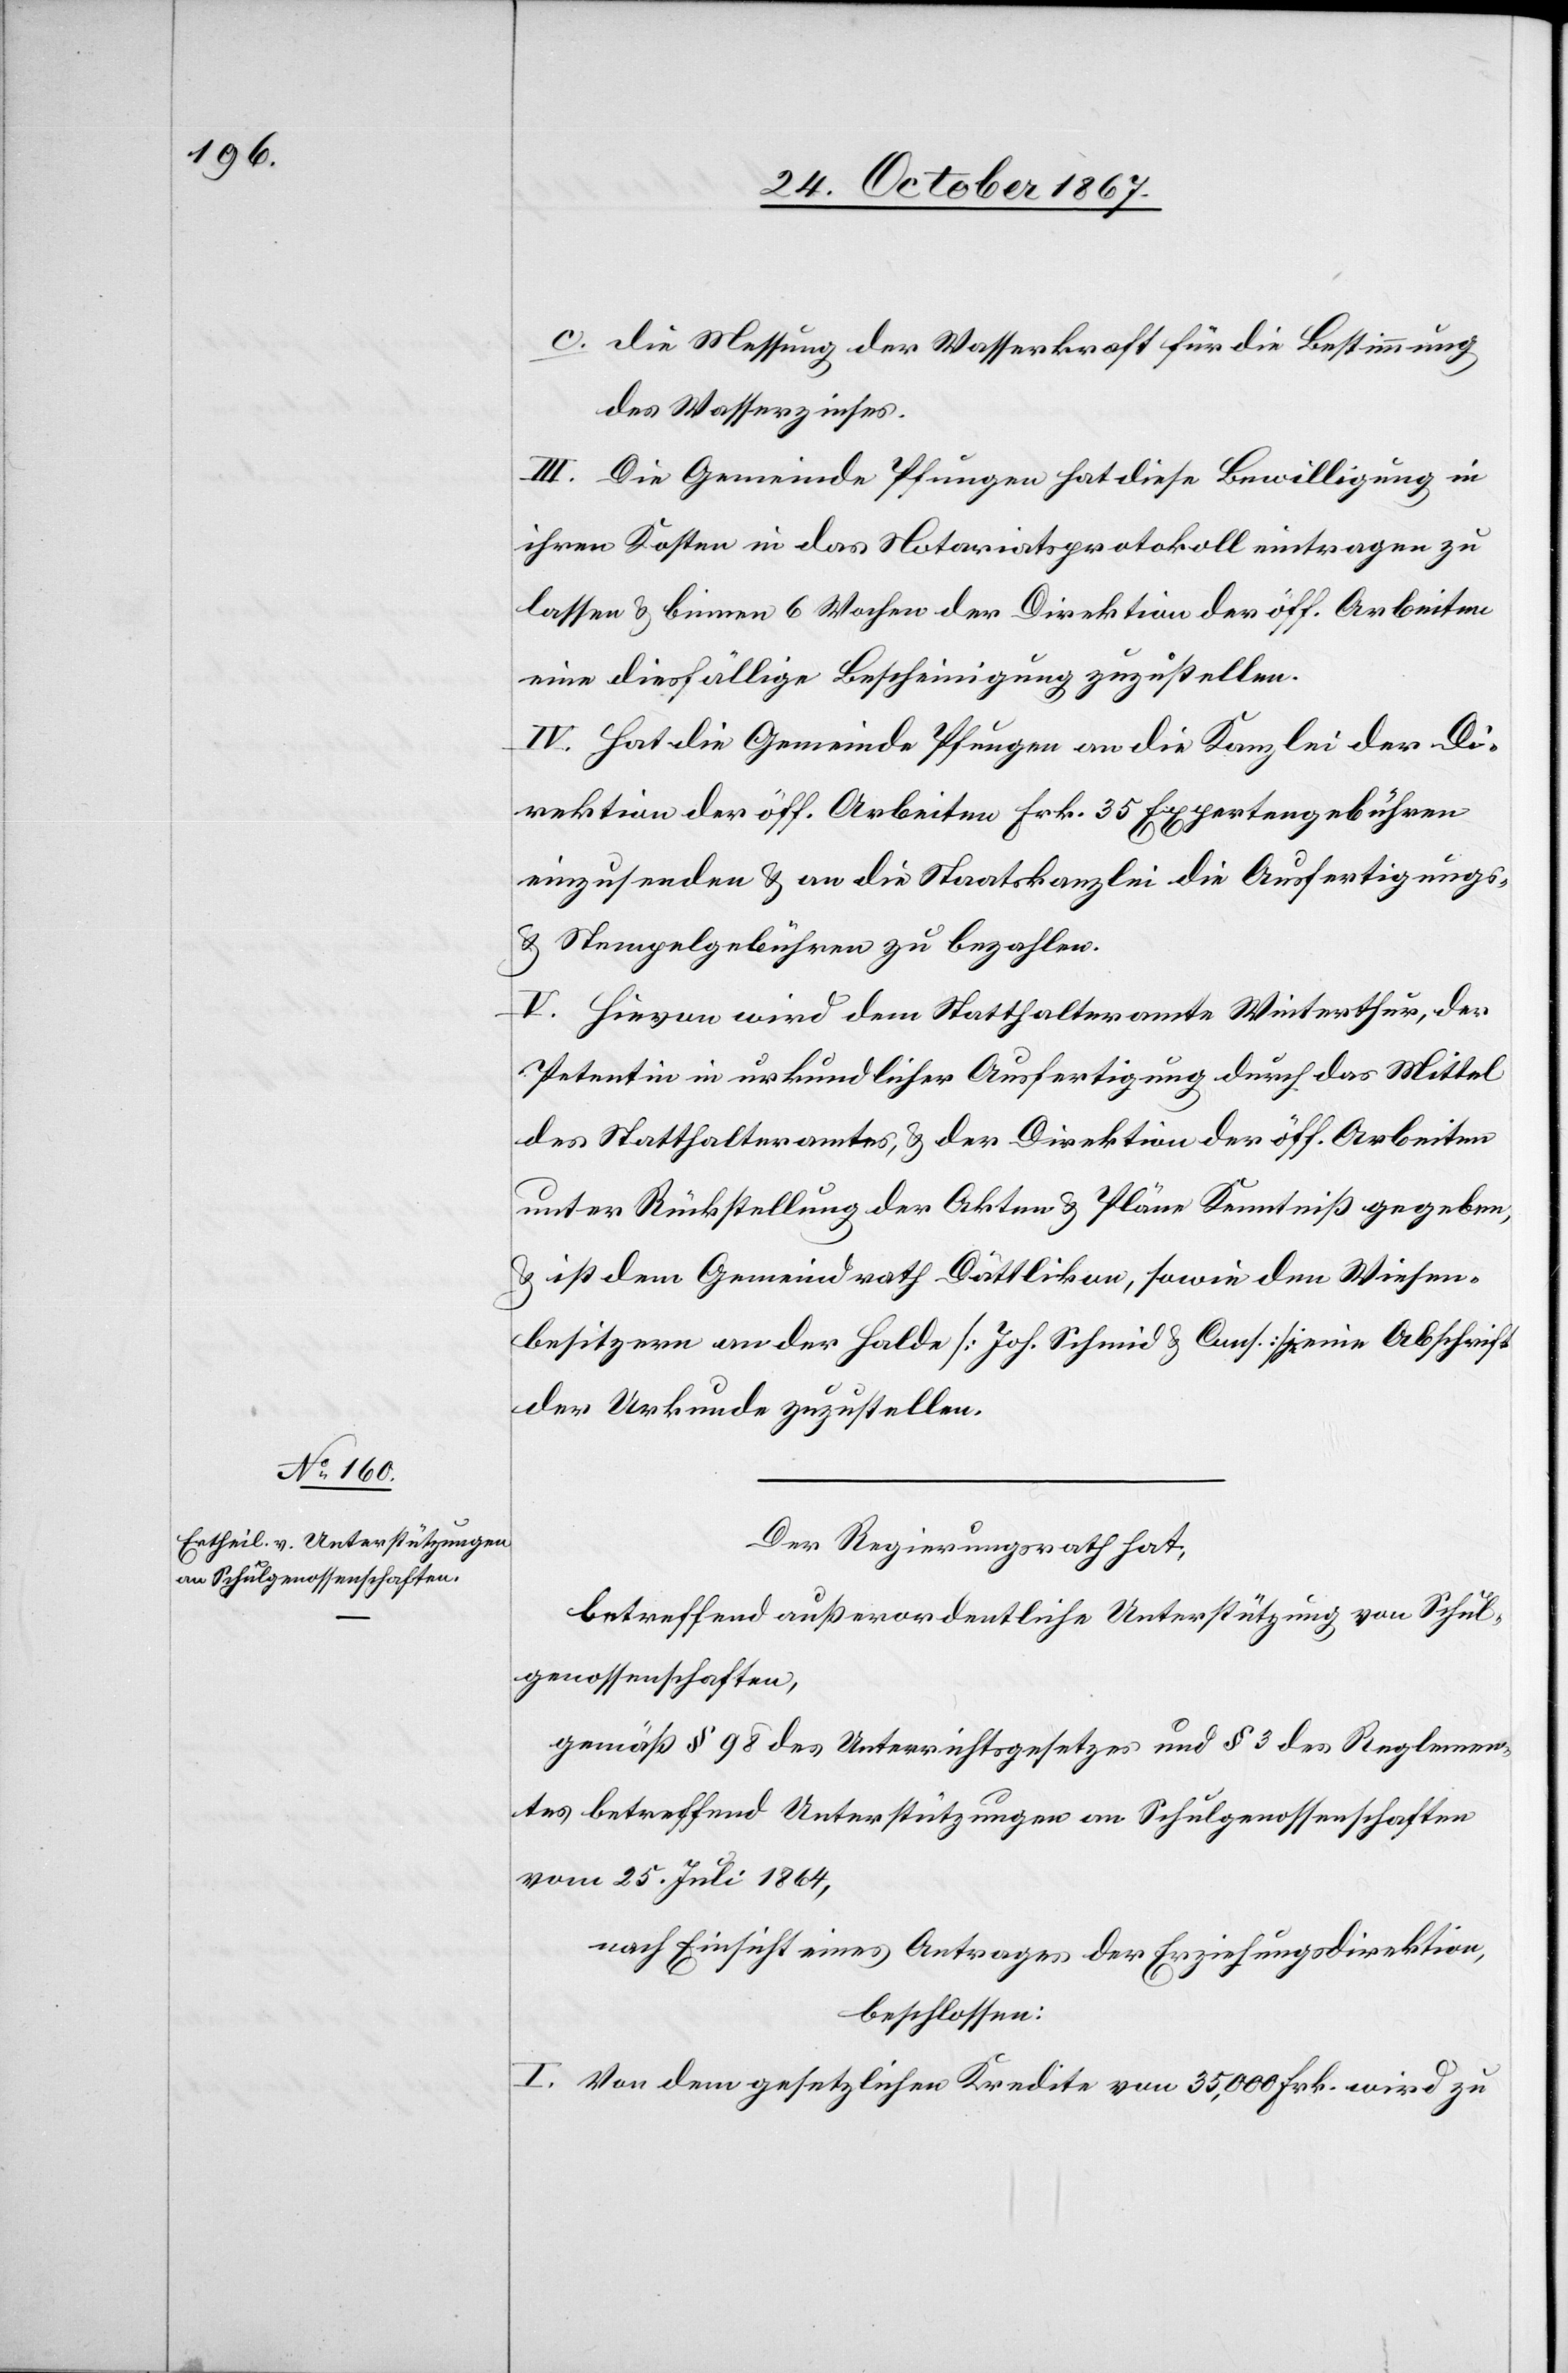
c. die Messung der Wasserkraft für die Bestimmung
des Wasserzinses.
III. Die Gemeinde Pfungen hat diese Bewilligung in
ihren Kosten in das Notariatsprotokoll eintragen zu
lassen u. binnen 6 Wochen der Direktion der öff. Arbeiten
eine diesfällige Bescheinigung zuzustellen.
IV. Hat die Gemeinde Pfungen an die Kanzlei der Di¬
rektion der öff. Arbeiten Frk. 35 Expertengebühren
einzusenden u. an die Staatskanzlei die Ausfertigungs-
u. Stempelgebühren zu bezahlen.
V. Hievon wird dem Statthalteramte Winterthur, der
Petentin in urkundlicher Ausfertigung durch das Mittel
des Statthalteramtes, u. der Direktion der öff. Arbeiten
unter Rückstellung der Akten u. Pläne Kenntniß gegeben
u. ist dem Gemeindrath Dättlikon, sowie den Wiesen¬
besitzern an der Halde [Joh. Schmid u. Cons.] je eine Abschrift
der Urkunde zuzustellen.
Der Regierungsrath hat,
betreffen außerordentliche Unterstützungen an Schul¬
genossenschaften,
gemäß § 9 des Unterrichtsgesetzes und § 3 des Reglemen¬
tes betreffend Unterstützungen an Schulgenossenschaften
vom 25. Juli 1864,
nach Einsicht eines Antrages der Erziehungsdirektion,
beschlossen:
I. Von dem gesetzlichen Kredite von 35 000 Frk. wird zu